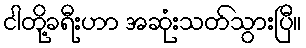
ငါတို့ခရီးဟာ အဆုံးသတ်သွားပြီ။